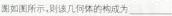
图如图所示，则该几何体的构成为___。